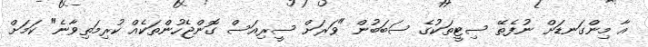
އާ މިންގަނޑަށް ނުފެތޭ ސިޓީތަކުގެ ސަބަބުން "ވަރަށް ސީރިއަސް ގޮންޖެހުންތަކެއް ކުރިމަތިވާނެ" ކަމަށް